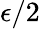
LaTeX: \epsilon/2